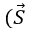
( \vec { S }